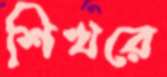
শিখরে